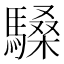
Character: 䮣